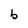
Character: b